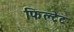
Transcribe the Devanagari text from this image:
फिल्टेट